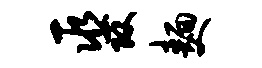
巫攻面